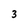
Character: 3